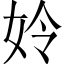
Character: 姈